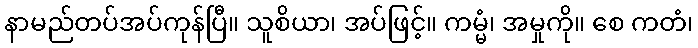
နာမည်တပ်အပ်ကုန်ပြီ။ သူစိယာ၊ အပ်ဖြင့်။ ကမ္မံ၊ အမှုကို။ စေ ကတံ၊